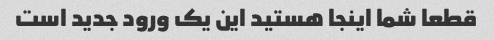
قطعا شما اینجا هستید این یک ورود جدید است